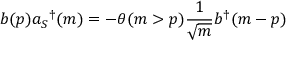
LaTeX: b ( p ) a _ { S } { } ^ { \dag } ( m ) = - \theta ( m > p ) \frac { 1 } { \sqrt { m } } b ^ { \dag } ( m - p )